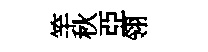
竿秋亞翎